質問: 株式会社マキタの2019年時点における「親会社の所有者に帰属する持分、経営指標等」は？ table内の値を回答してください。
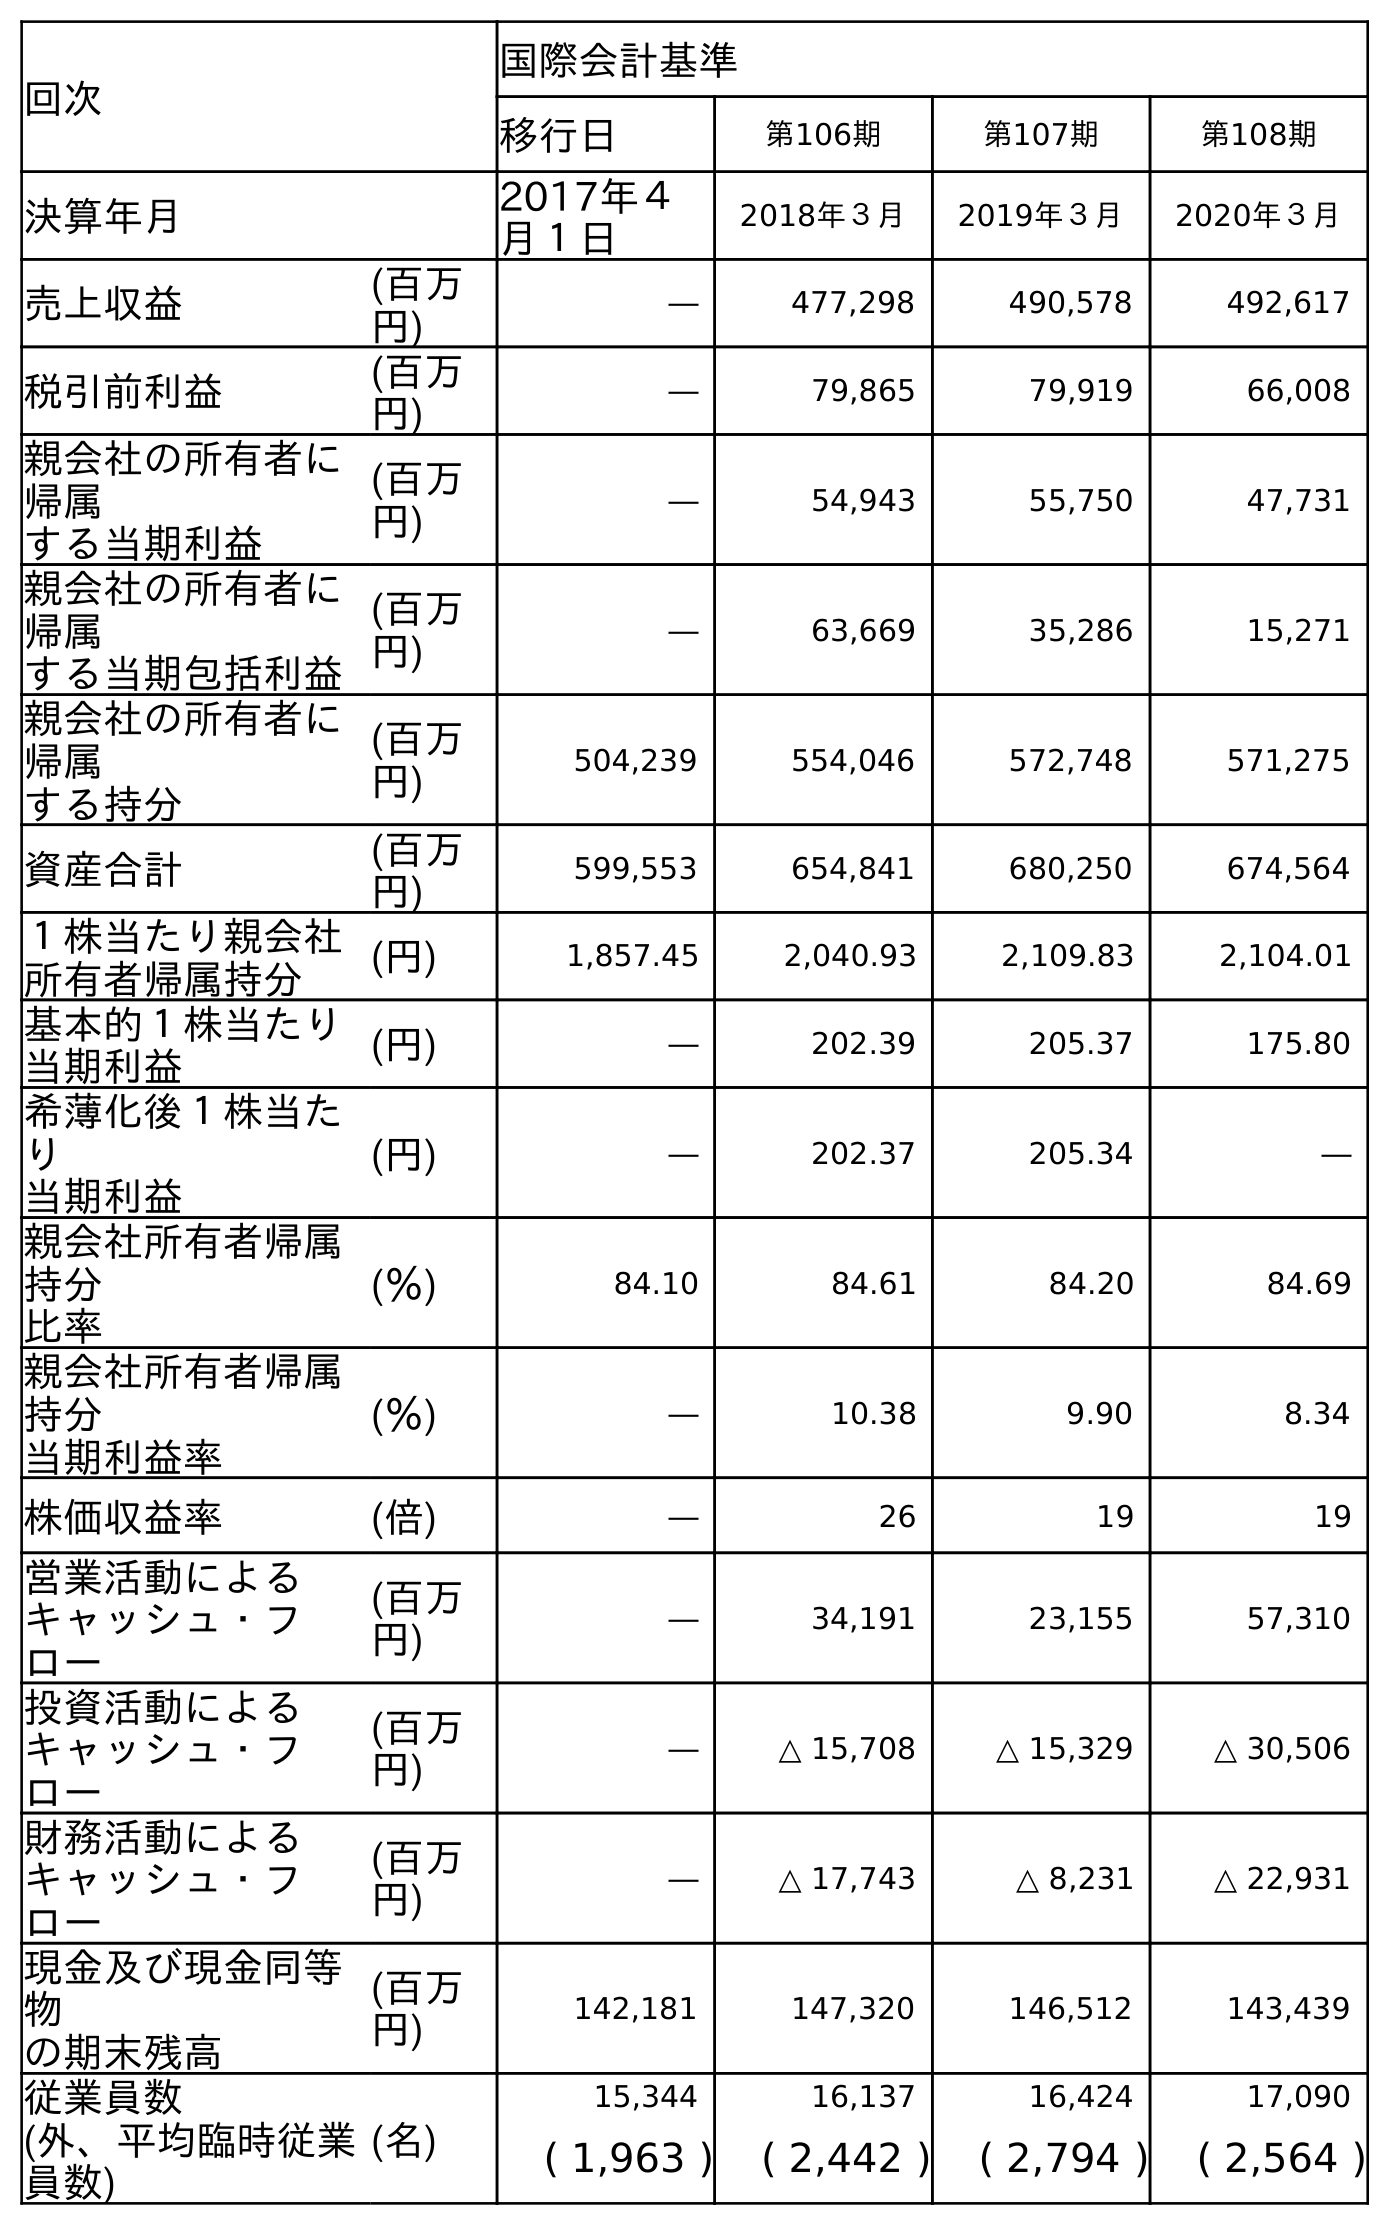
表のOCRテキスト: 回次 国際会計基準 移行日 第106期 第107期 第108期 決算年月 2017年４ 月１日 2018年３月 2019年３月 2020年３月 売上収益 (百万 円) ― 477,298 490,578 492,617 税引前利益 (百万 円) ― 79,865 79,919 66,008 親会社の所有者に 帰属 する当期利益 (百万 円) ― 54,943 55,750 47,731 親会社の所有者に 帰属 する当期包括利益 (百万 円) ― 63,669 35,286 15,271 親会社の所有者に 帰属 する持分 (百万 円) 504,239 554,046 572,748 571,275 資産合計 (百万 円) 599,553 654,841 680,250 674,564 １株当たり親会社 所有者帰属持分 (円) 1,857.45 2,040.93 2,109.83 2,104.01 基本的１株当たり 当期利益 (円) ― 202.39 205.37 175.80 希薄化後１株当た り 当期利益 (円) ― 202.37 205.34 ― 親会社所有者帰属 持分 比率 (％) 84.10 84.61 84.20 84.69 親会社所有者帰属 持分 当期利益率 (％) ― 10.38 9.90 8.34 株価収益率 (倍) ― 26 19 19 営業活動による キャッシュ・フ ロー (百万 円) ― 34,191 23,155 57,310 投資活動による キャッシュ・フ ロー (百万 円) ― △ 15,708 △ 15,329 △ 30,506 財務活動による キャッシュ・フ ロー (百万 円) ― △ 17,743 △ 8,231 △ 22,931 現金及び現金同等 物 の期末残高 (百万 円) 142,181 147,320 146,512 143,439 従業員数 (名) 15,344 16,137 16,424 17,090 (外、平均臨時従業 員数) ( 1,963 ) ( 2,442 ) ( 2,794 ) ( 2,564 )
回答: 572,748